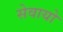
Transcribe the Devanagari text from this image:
सेवायो